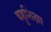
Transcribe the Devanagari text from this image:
बहुशिक्षा